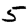
Digit: 5